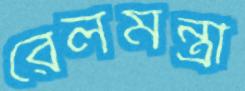
রেলমন্ত্রী